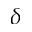
\delta